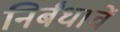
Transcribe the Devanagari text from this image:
निर्बंधाचें